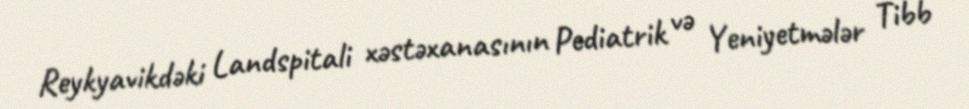
Reykyavikdəki Landspitali xəstəxanasının Pediatrik və Yeniyetmələr Tibb